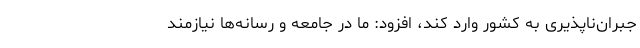
جبران‌ناپذیری به کشور وارد کند، افزود: ما در جامعه و رسانه‌ها نیازمند